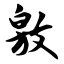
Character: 敫